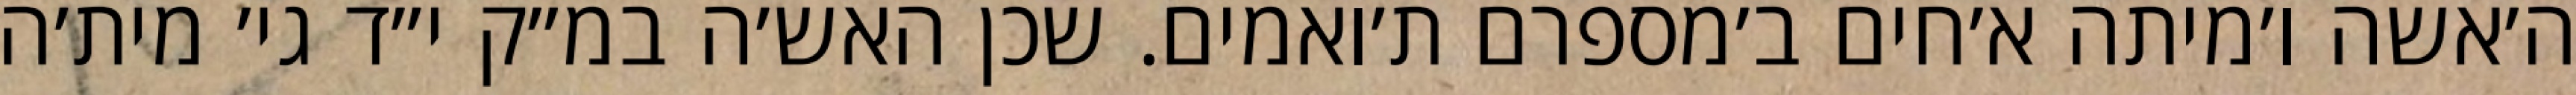
ה׳אשה ו׳מיתה א׳חים ב׳מספרם ת׳ואמים. שכן האש׳ה במ״ק י״ד גי׳ מית׳ה